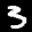
Label: 3